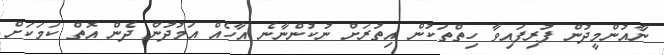
ނާއުންމީދުން ފުރިފައިވާ ހިތްތަކުން އިތުރަށް ނުކުންނާނެ އާހެއް އަމުދުން ދެން އޮތް ކަމަކަށް